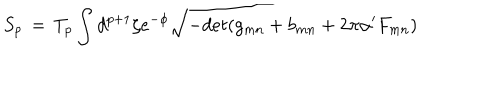
S _ { p } \, = \, T _ { p } \int d ^ { p + 1 } \zeta e ^ { - \phi } \sqrt { - d e t ( g _ { m n } + b _ { m n } + 2 \pi \alpha ^ { \prime } F _ { m n } ) }